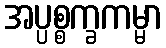
အပ္ပစ္စက္ခကမ္မာ